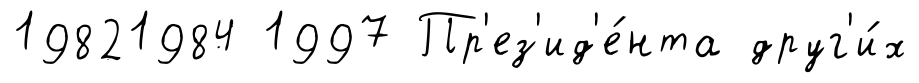
19821984 1997 Пр'ез'ид'е́нта друг'и́х